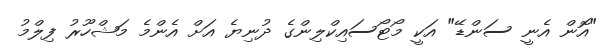
"އޮން އެނީ ސަންޑޭ" އަކީ މޯޓޯސައިކްލިންގެ ދުނިޔެ އަށް އެންމެ މަޝްހޫރު ފިލްމު